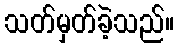
သတ်မှတ်ခဲ့သည်။